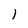
Character: I